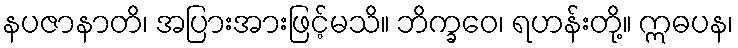
နပဇာနာတိ၊ အပြားအားဖြင့်မသိ။ ဘိက္ခဝေ၊ ရဟန်းတို့။ ဣဓပန၊